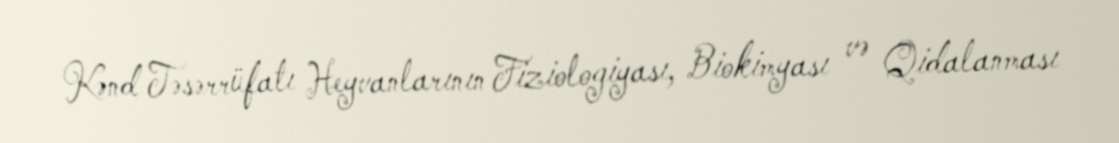
Kənd Təsərrüfatı Heyvanlarının Fiziologiyası, Biokimyası və Qidalanması